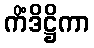
ကိံဒိဋ္ဌိကာ